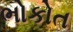
ભોકોત